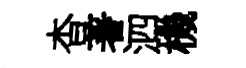
杳著泗機